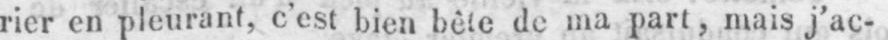
rier en pleurant, c’est bien bête de ma part, mais j’ac-